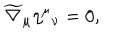
\widetilde { \nabla } _ { \mu } \eta ^ { \mu } { _ { \nu } } = 0 ,